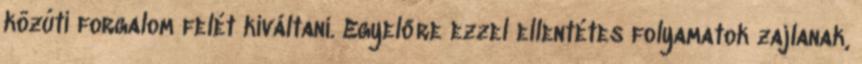
közúti forgalom felét kiváltani. Egyelőre ezzel ellentétes folyamatok zajlanak,